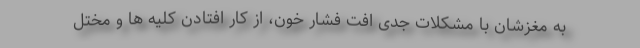
به مغزشان با مشکلات جدی افت فشار خون، از کار افتادن کلیه ها و مختل